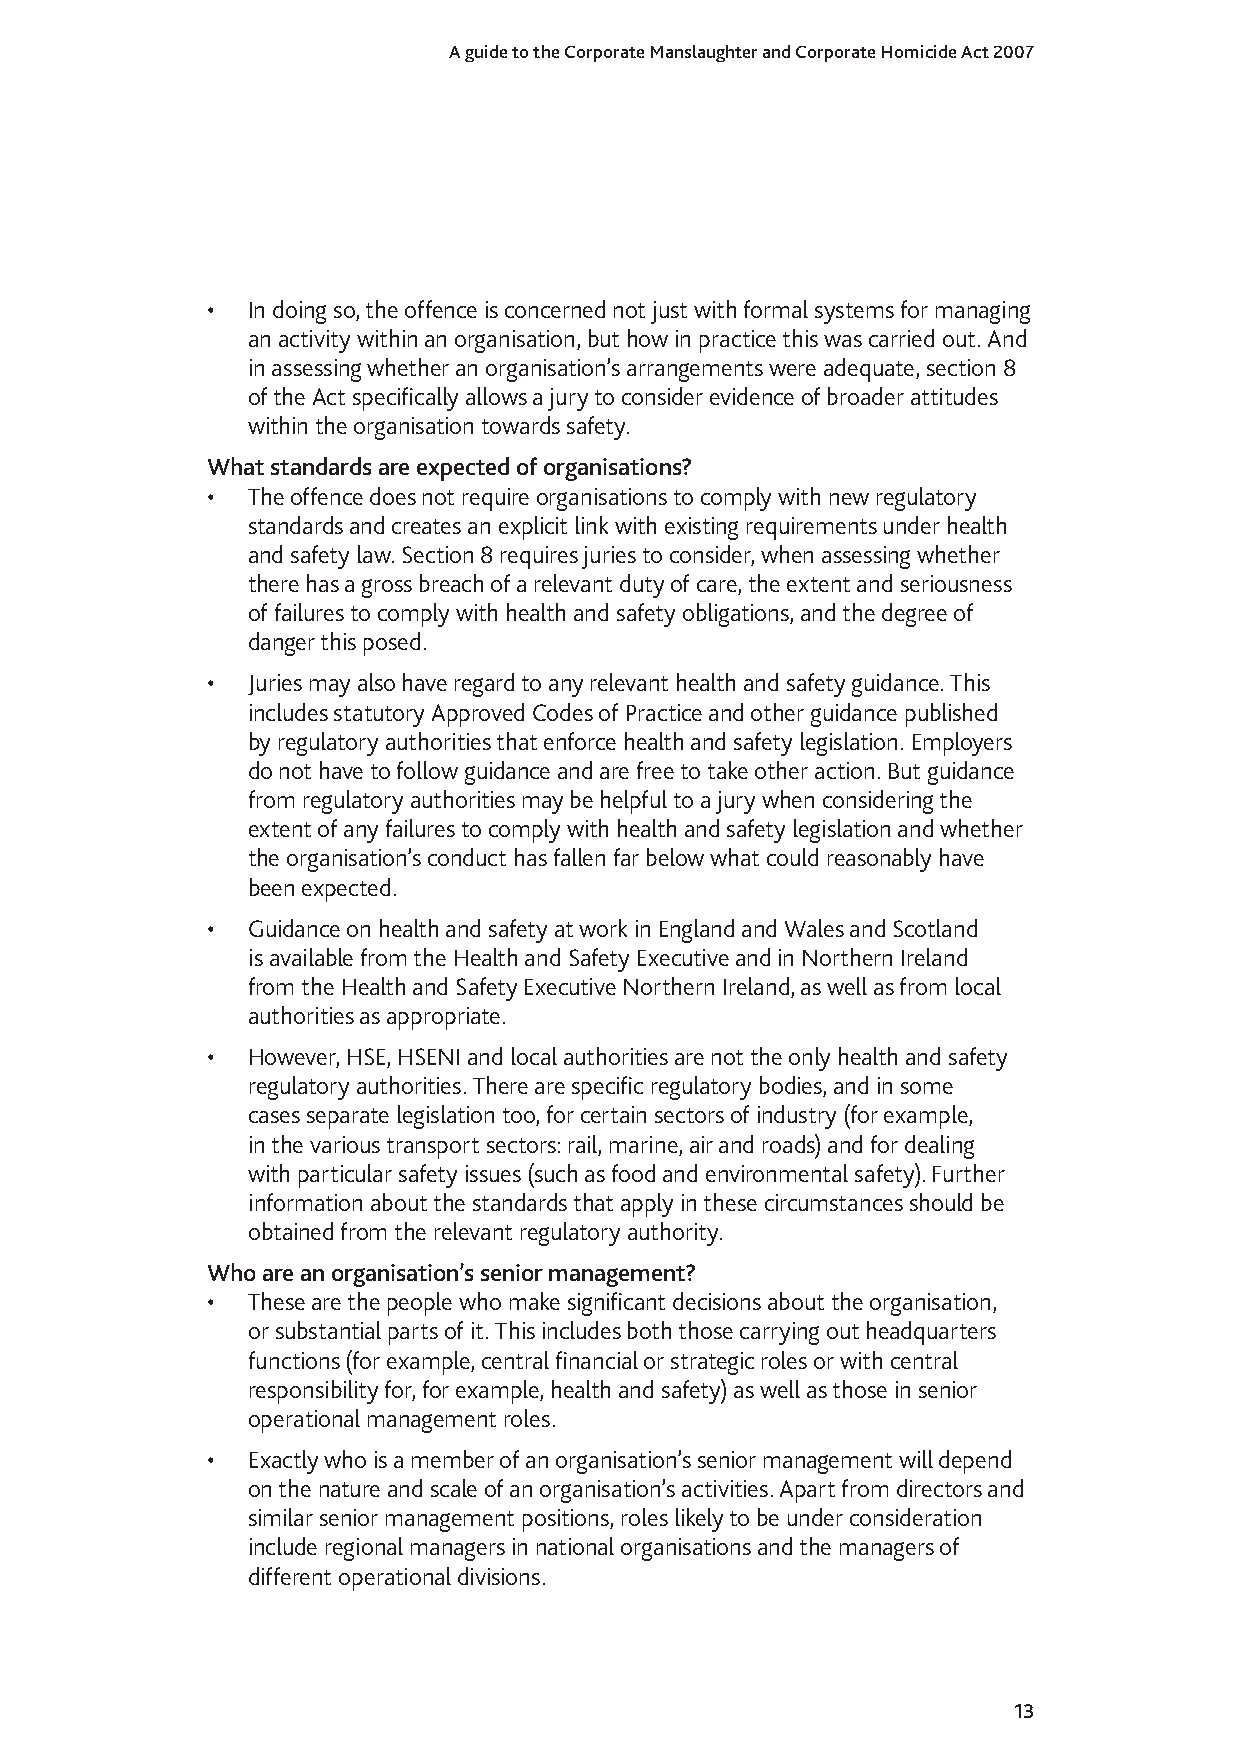
A guide to the Corporate Manslaughter and Corporate Homicide Act 2007
 • In doing so, the offence is concerned not just with formal systems for managing
 an activity within an organisation, but how in practice this was carried out. And
 in assessing whether an organisation’s arrangements were adequate, section 8
 of the Act specifically allows a jury to consider evidence of broader attitudes
 within the organisation towards safety.
 What standards are expected of organisations?
 • The offence does not require organisations to comply with new regulatory
 standards and creates an explicit link with existing requirements under health
 and safety law. Section 8 requires juries to consider, when assessing whether
 there has a gross breach of a relevant duty of care, the extent and seriousness
 of failures to comply with health and safety obligations, and the degree of
 danger this posed.
 • Juries may also have regard to any relevant health and safety guidance. This
 includes statutory Approved Codes of Practice and other guidance published
 by regulatory authorities that enforce health and safety legislation. Employers
 do not have to follow guidance and are free to take other action. But guidance
 from regulatory authorities may be helpful to a jury when considering the
 extent of any failures to comply with health and safety legislation and whether
 the organisation’s conduct has fallen far below what could reasonably have
 been expected.
 • Guidance on health and safety at work in England and Wales and Scotland
 is available from the Health and Safety Executive and in Northern Ireland
 from the Health and Safety Executive Northern Ireland, as well as from local
 authorities as appropriate.
 • However, HSE, HSENI and local authorities are not the only health and safety
 regulatory authorities. There are specific regulatory bodies, and in some
 cases separate legislation too, for certain sectors of industry (for example,
 in the various transport sectors: rail, marine, air and roads) and for dealing
 with particular safety issues (such as food and environmental safety). Further
 information about the standards that apply in these circumstances should be
 obtained from the relevant regulatory authority.
 Who are an organisation’s senior management?
 • These are the people who make significant decisions about the organisation,
 or substantial parts of it. This includes both those carrying out headquarters
 functions (for example, central financial or strategic roles or with central
 responsibility for, for example, health and safety) as well as those in senior
 operational management roles.
 • Exactly who is a member of an organisation’s senior management will depend
 on the nature and scale of an organisation’s activities. Apart from directors and
 similar senior management positions, roles likely to be under consideration
 include regional managers in national organisations and the managers of
 different operational divisions.
 1